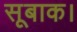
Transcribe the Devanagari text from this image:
सूबाक।